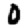
Digit: 0